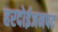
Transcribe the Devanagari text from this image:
हरदोईजनपद